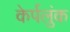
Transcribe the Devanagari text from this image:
केर्पलुंक